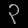
Digit: ၃